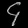
Digit: ၄